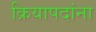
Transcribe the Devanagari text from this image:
क्रियापदांना